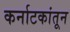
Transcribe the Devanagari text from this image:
कर्नाटकांतून